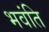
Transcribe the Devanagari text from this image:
भवंति